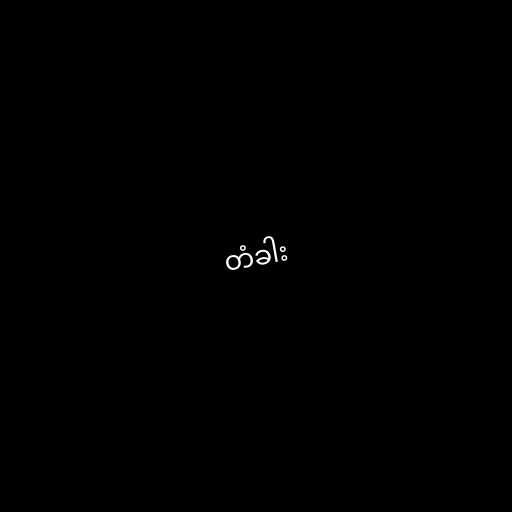
တံခါး